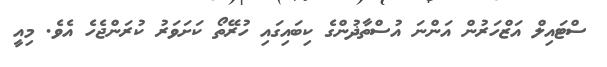
ސްޓައިލް އަޒްހަރުން އަންނަ އުސްތާޛުންގެ ކިބައިގައި ހުރޭތޯ ކަށަވަރު ކުރަންޖެހެ އެވެ. މިއީ